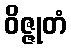
ဝိဇ္ဇုတံ